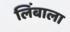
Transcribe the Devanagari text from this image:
लिंबाला